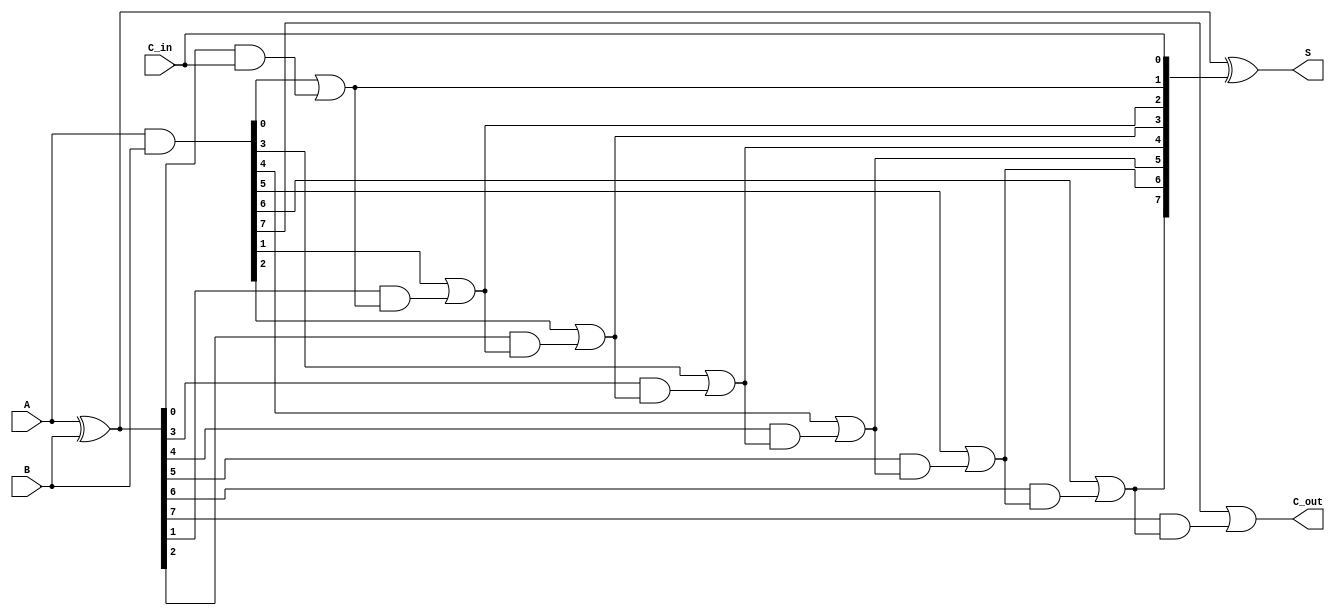
module ParallelPrefixAdder #(parameter n = 8) (
    input  [n-1:0] A,      // First input
    input  [n-1:0] B,      // Second input
    input         C_in,     // Carry-in
    output [n-1:0] S,      // Sum output
    output        C_out     // Carry-out
);

    // Generate and Propagate signals
    wire [n-1:0] G; // Generate
    wire [n-1:0] P; // Propagate
    wire [n:0] C;   // Carry signals

    // Generate and Propagate calculations
    assign G = A & B;          // G[i] = A[i] & B[i]
    assign P = A ^ B;          // P[i] = A[i] ^ B[i]

    // Carry signals initialization
    assign C[0] = C_in;        // C[0] = C_in

    // Kogge-Stone prefix structure for carry generation
    genvar i;
    generate
        // Level 1
        for (i = 0; i < n; i = i + 1) begin : level1
            if (i == 0) begin
                assign C[i + 1] = G[i] | (P[i] & C[i]); // C[1] = G[0] | (P[0] & C[0])
            end else begin
                assign C[i + 1] = G[i] | (P[i] & C[i]); // C[i + 1] = G[i] | (P[i] & C[i])
            end
        end
    endgenerate

    // Sum calculation
    assign S = P ^ C[n-1:0]; // S[i] = P[i] ^ C[i]

    // Carry-out
    assign C_out = C[n]; // C_out = C[n]

endmodule